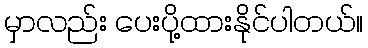
မှာလည်း ပေးပို့ထားနိုင်ပါတယ်။